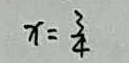
x = \frac { 3 } { 4 }